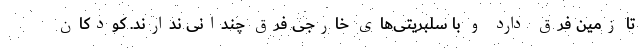
تا زمین فرق دارد و با سلبریتی‌های خارجی فرق چندانی ندارند. کودکان